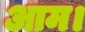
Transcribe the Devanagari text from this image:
आम।